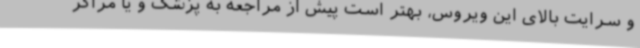
و سرایت بالای این ویروس، بهتر است پیش از مراجعه به پزشک و یا مراکز